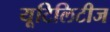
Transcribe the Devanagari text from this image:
यूटिलिटीज